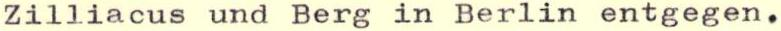
Zilliacus und Berg in Berlin entgegen.